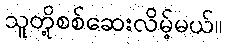
သူတို့စစ်ဆေးလိမ့်မယ်။